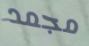
مجمد